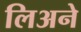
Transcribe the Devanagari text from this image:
लिअने